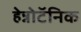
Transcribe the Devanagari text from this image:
हेन्नोटॅनिक